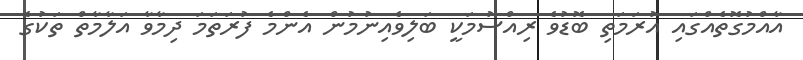
އާއްމުގޮތެއްގައި އުރަމަތި ބޮޑުވެ ރިއްސުމަކީ ބަލިވެއިނުމުން އެންމެ ފުރަތަމަ ދިމާވާ އަލާމާތް ތަކުގެ